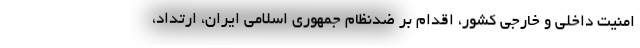
امنیت داخلی و خارجی کشور، اقدام بر ضدنظام جمهوری اسلامی ایران، ارتداد،